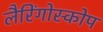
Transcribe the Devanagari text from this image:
लैरिंगोस्कोप